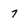
Character: 7